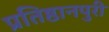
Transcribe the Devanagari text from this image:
प्रतिष्ठानपुरी